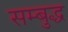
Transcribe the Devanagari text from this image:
सम्बुद्ध